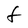
Character: F